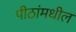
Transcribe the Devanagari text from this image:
पीठांमधील